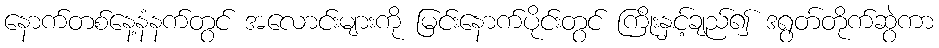
နောက်တစ်နေ့နံနက်တွင် အလောင်းများကို မြင်းနောက်ပိုင်းတွင် ကြိုးနှင့်ချည်၍ ဒရွတ်တိုက်ဆွဲကာ